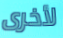
لأخرى